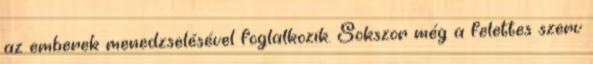
az emberek menedzselésével foglalkozik. Sokszor még a felettes szerv